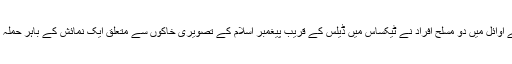
اس ماہ کے اوائل میں دو مسلح افراد نے ٹیکساس میں ڈیلس کے قریب پیغمبرِ اسلام کے تصویری خاکوں سے متعلق ایک نمائش کے باہر حملہ کر دیا تھا۔